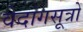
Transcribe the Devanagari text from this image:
वेदांगसूत्रों